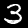
Label: 3